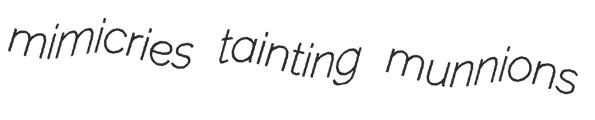
mimicries tainting munnions